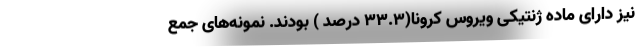
نیز دارای ماده ژنتیکی ویروس کرونا(۳۳.۳ درصد ) بودند. نمونه‌های جمع